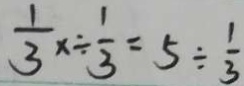
\frac { 1 } { 3 } x \div \frac { 1 } { 3 } = 5 \div \frac { 1 } { 3 }